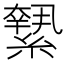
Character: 𦅬